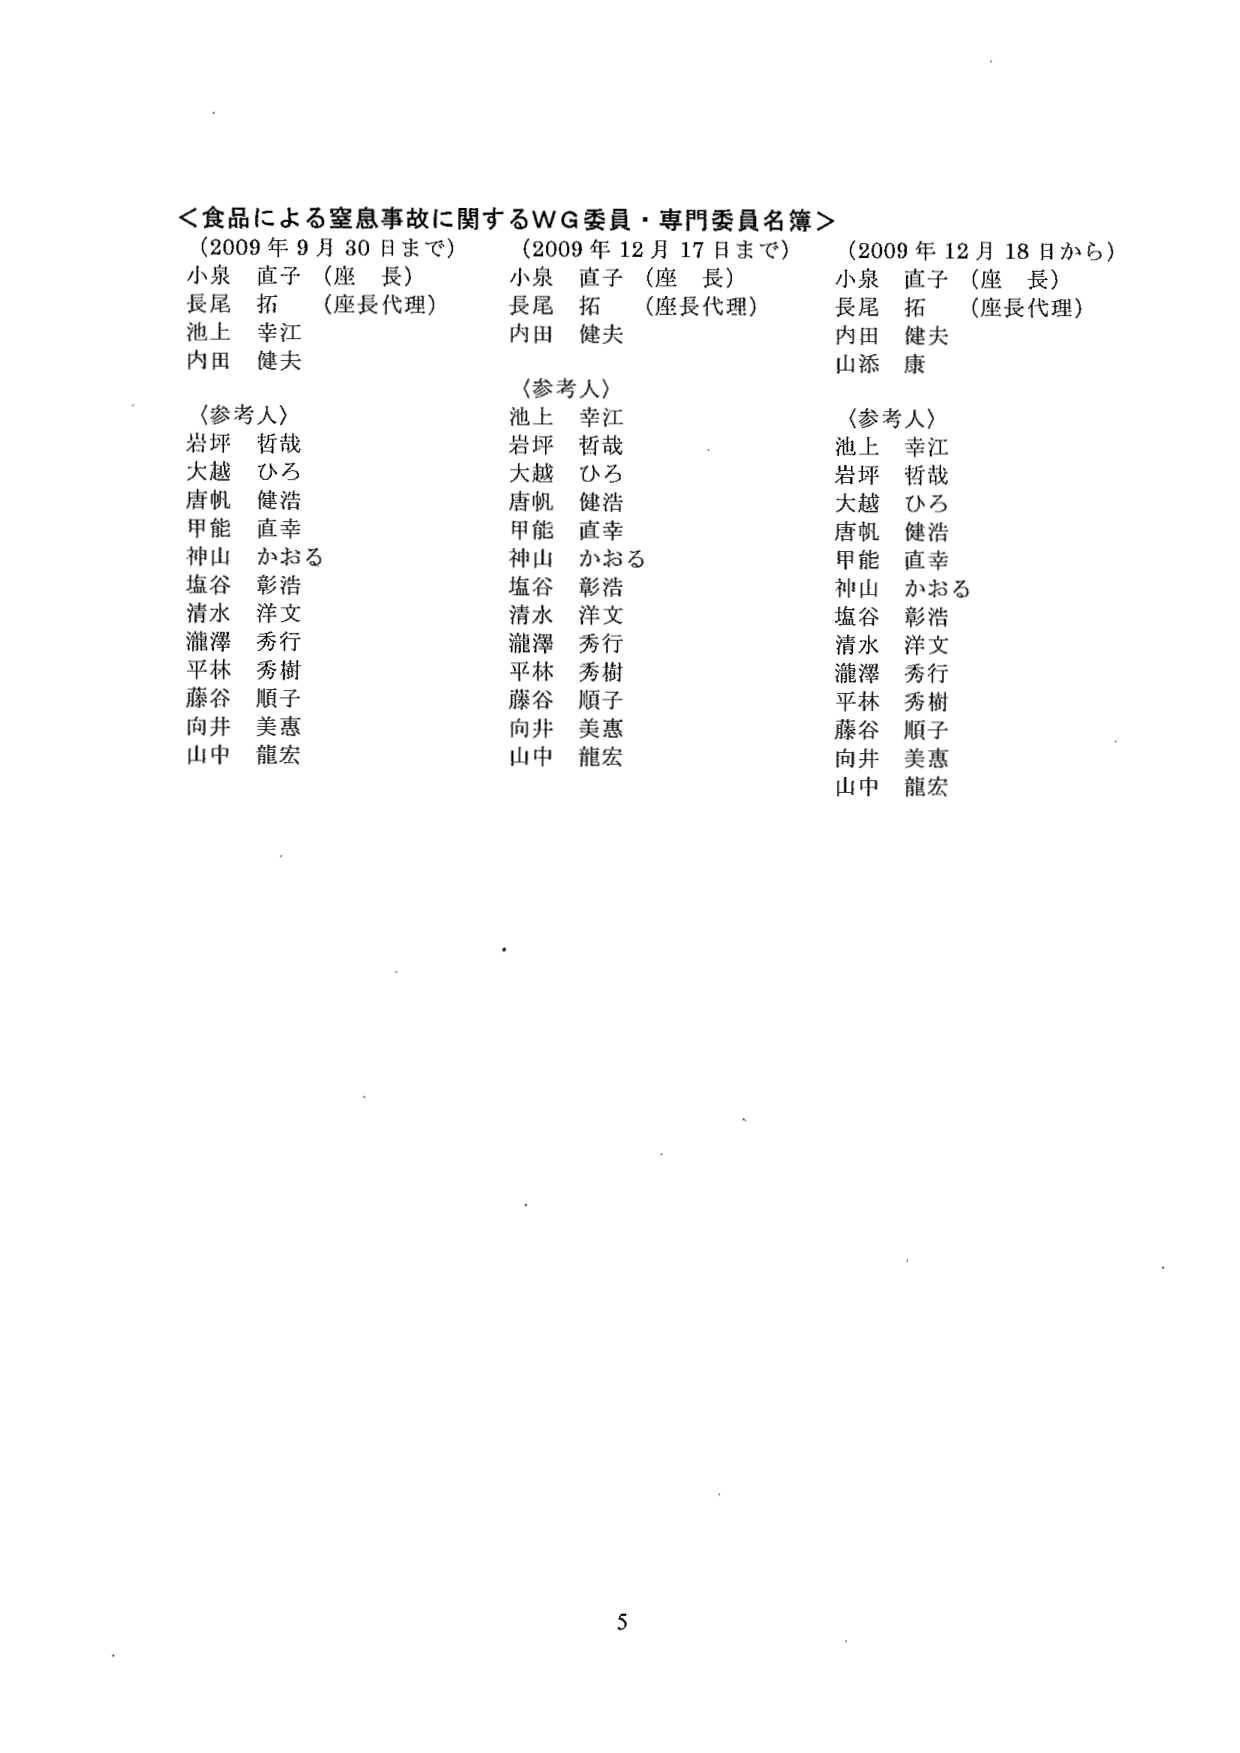
＜食品による窒息事故に関するWG委員・専門委員名簿＞
（2009年9月30日まで）　（2009年12月17日まで）　（2009年12月18日から）
小泉　直子（座長）　　　小泉　直子（座長）　　　小泉　直子（座長）
長尾　拓　（座長代理）　　長尾　拓　（座長代理）　　長尾　拓　（座長代理）
池上　幸江　　　　　　　　内田　健夫　　　　　　　内田　健夫
内田　健夫　　　　　　　　　　　　　　　　　　　　山添　康

〈参考人〉　　　　　　　　〈参考人〉　　　　　　　　〈参考人〉
岩坪　哲哉　　　　　　　　池上　幸江　　　　　　　　池上　幸江
大越　ひろ　　　　　　　　岩坪　哲哉　　　　　　　　岩坪　哲哉
唐帆　健浩　　　　　　　　大越　ひろ　　　　　　　　大越　ひろ
甲能　直幸　　　　　　　　唐帆　健浩　　　　　　　　唐帆　健浩
神山　かおる　　　　　　　甲能　直幸　　　　　　　　甲能　直幸
塩谷　彰浩　　　　　　　　神山　かおる　　　　　　　神山　かおる
清水　洋文　　　　　　　　塩谷　彰浩　　　　　　　　塩谷　彰浩
瀧澤　秀行　　　　　　　　清水　洋文　　　　　　　　清水　洋文
平林　秀樹　　　　　　　　瀧澤　秀行　　　　　　　　瀧澤　秀行
藤谷　順子　　　　　　　　平林　秀樹　　　　　　　　平林　秀樹
向井　美恵　　　　　　　　藤谷　順子　　　　　　　　藤谷　順子
山中　龍宏　　　　　　　　向井　美恵　　　　　　　　向井　美恵
　　　　　　　　　　　　　山中　龍宏　　　　　　　　山中　龍宏

5